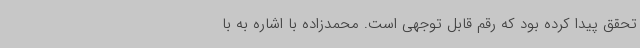
تحقق پیدا کرده بود که رقم قابل توجهی است. محمدزاده با اشاره به با